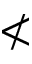
\nless